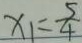
x _ { 1 } = \frac { 5 } { 4 }